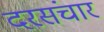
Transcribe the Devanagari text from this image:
दरसंचार